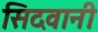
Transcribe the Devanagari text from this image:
सिदवानी